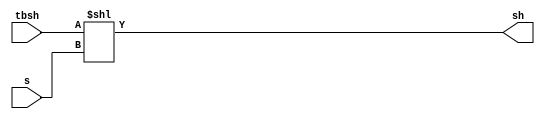
`timescale 1ns / 1ps
//////////////////////////////////////////////////////////////////////////////////
// Company: 
// Engineer: 
// 
// Design Name: 
// Module Name: shift
// Project Name: 
// Target Devices: 
// Tool Versions: 
// Description: 
// 
// Dependencies: 
// 
// Revision:
// Revision 0.01 - File Created
// Additional Comments:
// 
//////////////////////////////////////////////////////////////////////////////////
module shift_unit(input[23:0]tbsh,s,output[23:0]sh);
assign sh=tbsh<<s;
endmodule